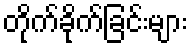
တိုက်ခိုက်ခြင်းများ